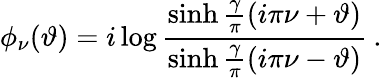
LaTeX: \phi_{\nu}(\vartheta)=i\log\frac{\sinh\frac{\gamma}{\pi}(i\pi\nu+\vartheta)}{\sinh\frac{\gamma}{\pi}(i\pi\nu-\vartheta)}\: .